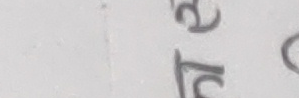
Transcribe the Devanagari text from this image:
टे रे ०